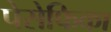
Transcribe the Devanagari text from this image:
पेसेफिका